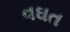
વઘત